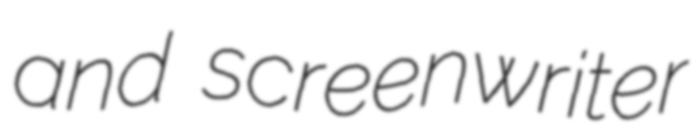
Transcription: and screenwriter